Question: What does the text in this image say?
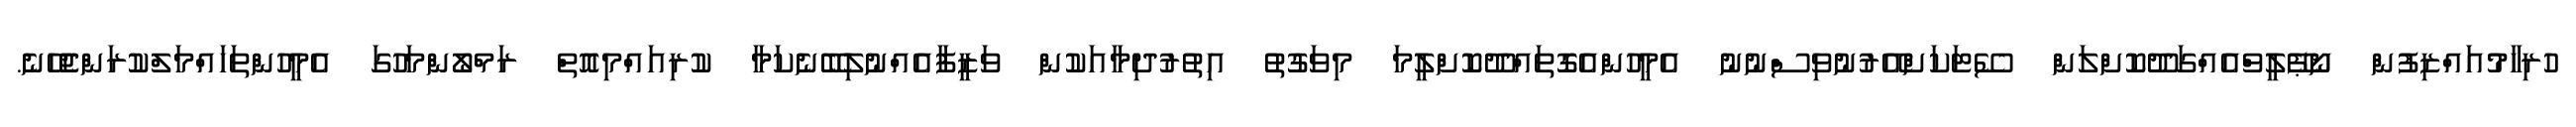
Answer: ހުރިހާމުއައްޒިފުން ނޯޕޭލީވްއެއްގަދޫކޮށްލަން ސޭޓަކަށްއޭރުނުވިސްނުނު އެމީހުންއެގޮތައްދޫކޮށްލީމަ މިވަގުތު އިތުރުދިމާއަކުން ވަޒީފާއެއްނުލިބޭނެކަމާ ކުރިއައްމިއޮތް ރަމްލޯންމަހުގަ އެމީހުންތަހައްމަލްކުރަންޖެހޭނެ.